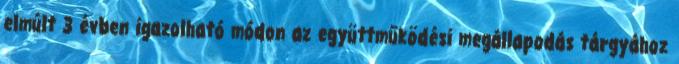
elmúlt 3 évben igazolható módon az együttműködési megállapodás tárgyához